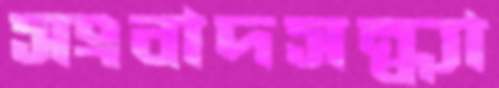
সংবাদসন্ধ্যা